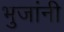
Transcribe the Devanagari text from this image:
भुजांनी